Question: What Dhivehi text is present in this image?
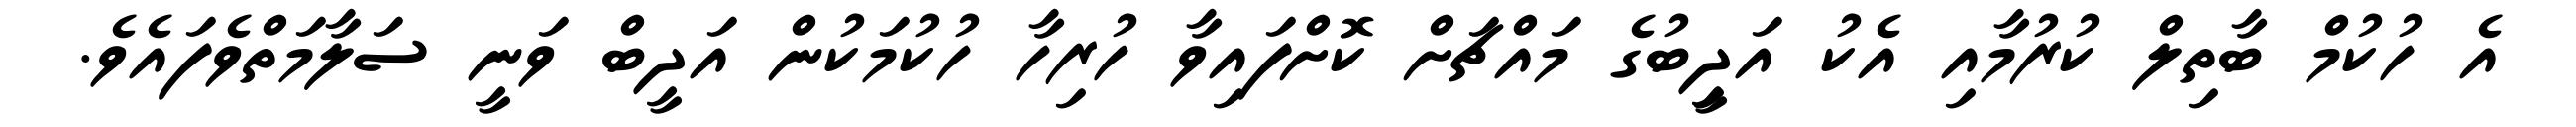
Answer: އެ ހުކުމް ބާތިލް ކުރުމާއި އެކު އަދީިބުގެ މައްޗަށް ކޮށްފައިވާ ހުރިހާ ހުކުމަކުން އަދީބް ވަނީ ސަލާމަތްވެފައެވެ.